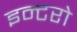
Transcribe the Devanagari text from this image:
इन्टरो